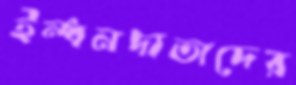
ইন্ধনদাতাদের